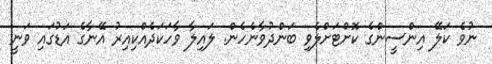
ނުވެ ކަލޭ އިންސީންގެ ކޮށްޓަށްލެވި ބަންދުވާނެހެން. ލައިލާ ވާހަކަދެއްކިއިރު އޭނާގެ އަޑުގައި ވަނީ